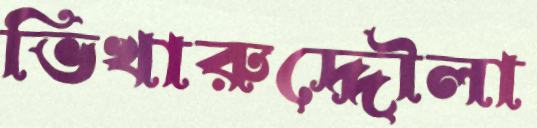
ভিখারুদ্দৌলা